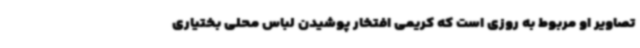
تصاویر او مربوط به روزی است که کریمی افتخار پوشیدن لباس محلی بختیاری